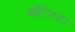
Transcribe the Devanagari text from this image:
बाॅटिस्टा